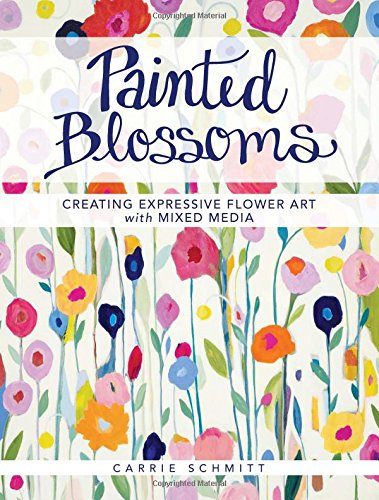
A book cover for Painted Blossoms: Creating Expressive Flower Art with Mixed Media; Carrie Schmitt; Crafts, Hobbies & Home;